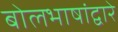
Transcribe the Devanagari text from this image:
बोलभाषांद्वारे